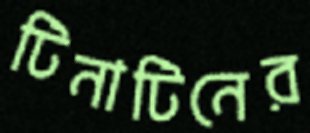
টিনাটিনের